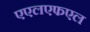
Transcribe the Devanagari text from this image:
एएलएफएल